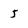
Character: 5